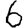
Digit: 6